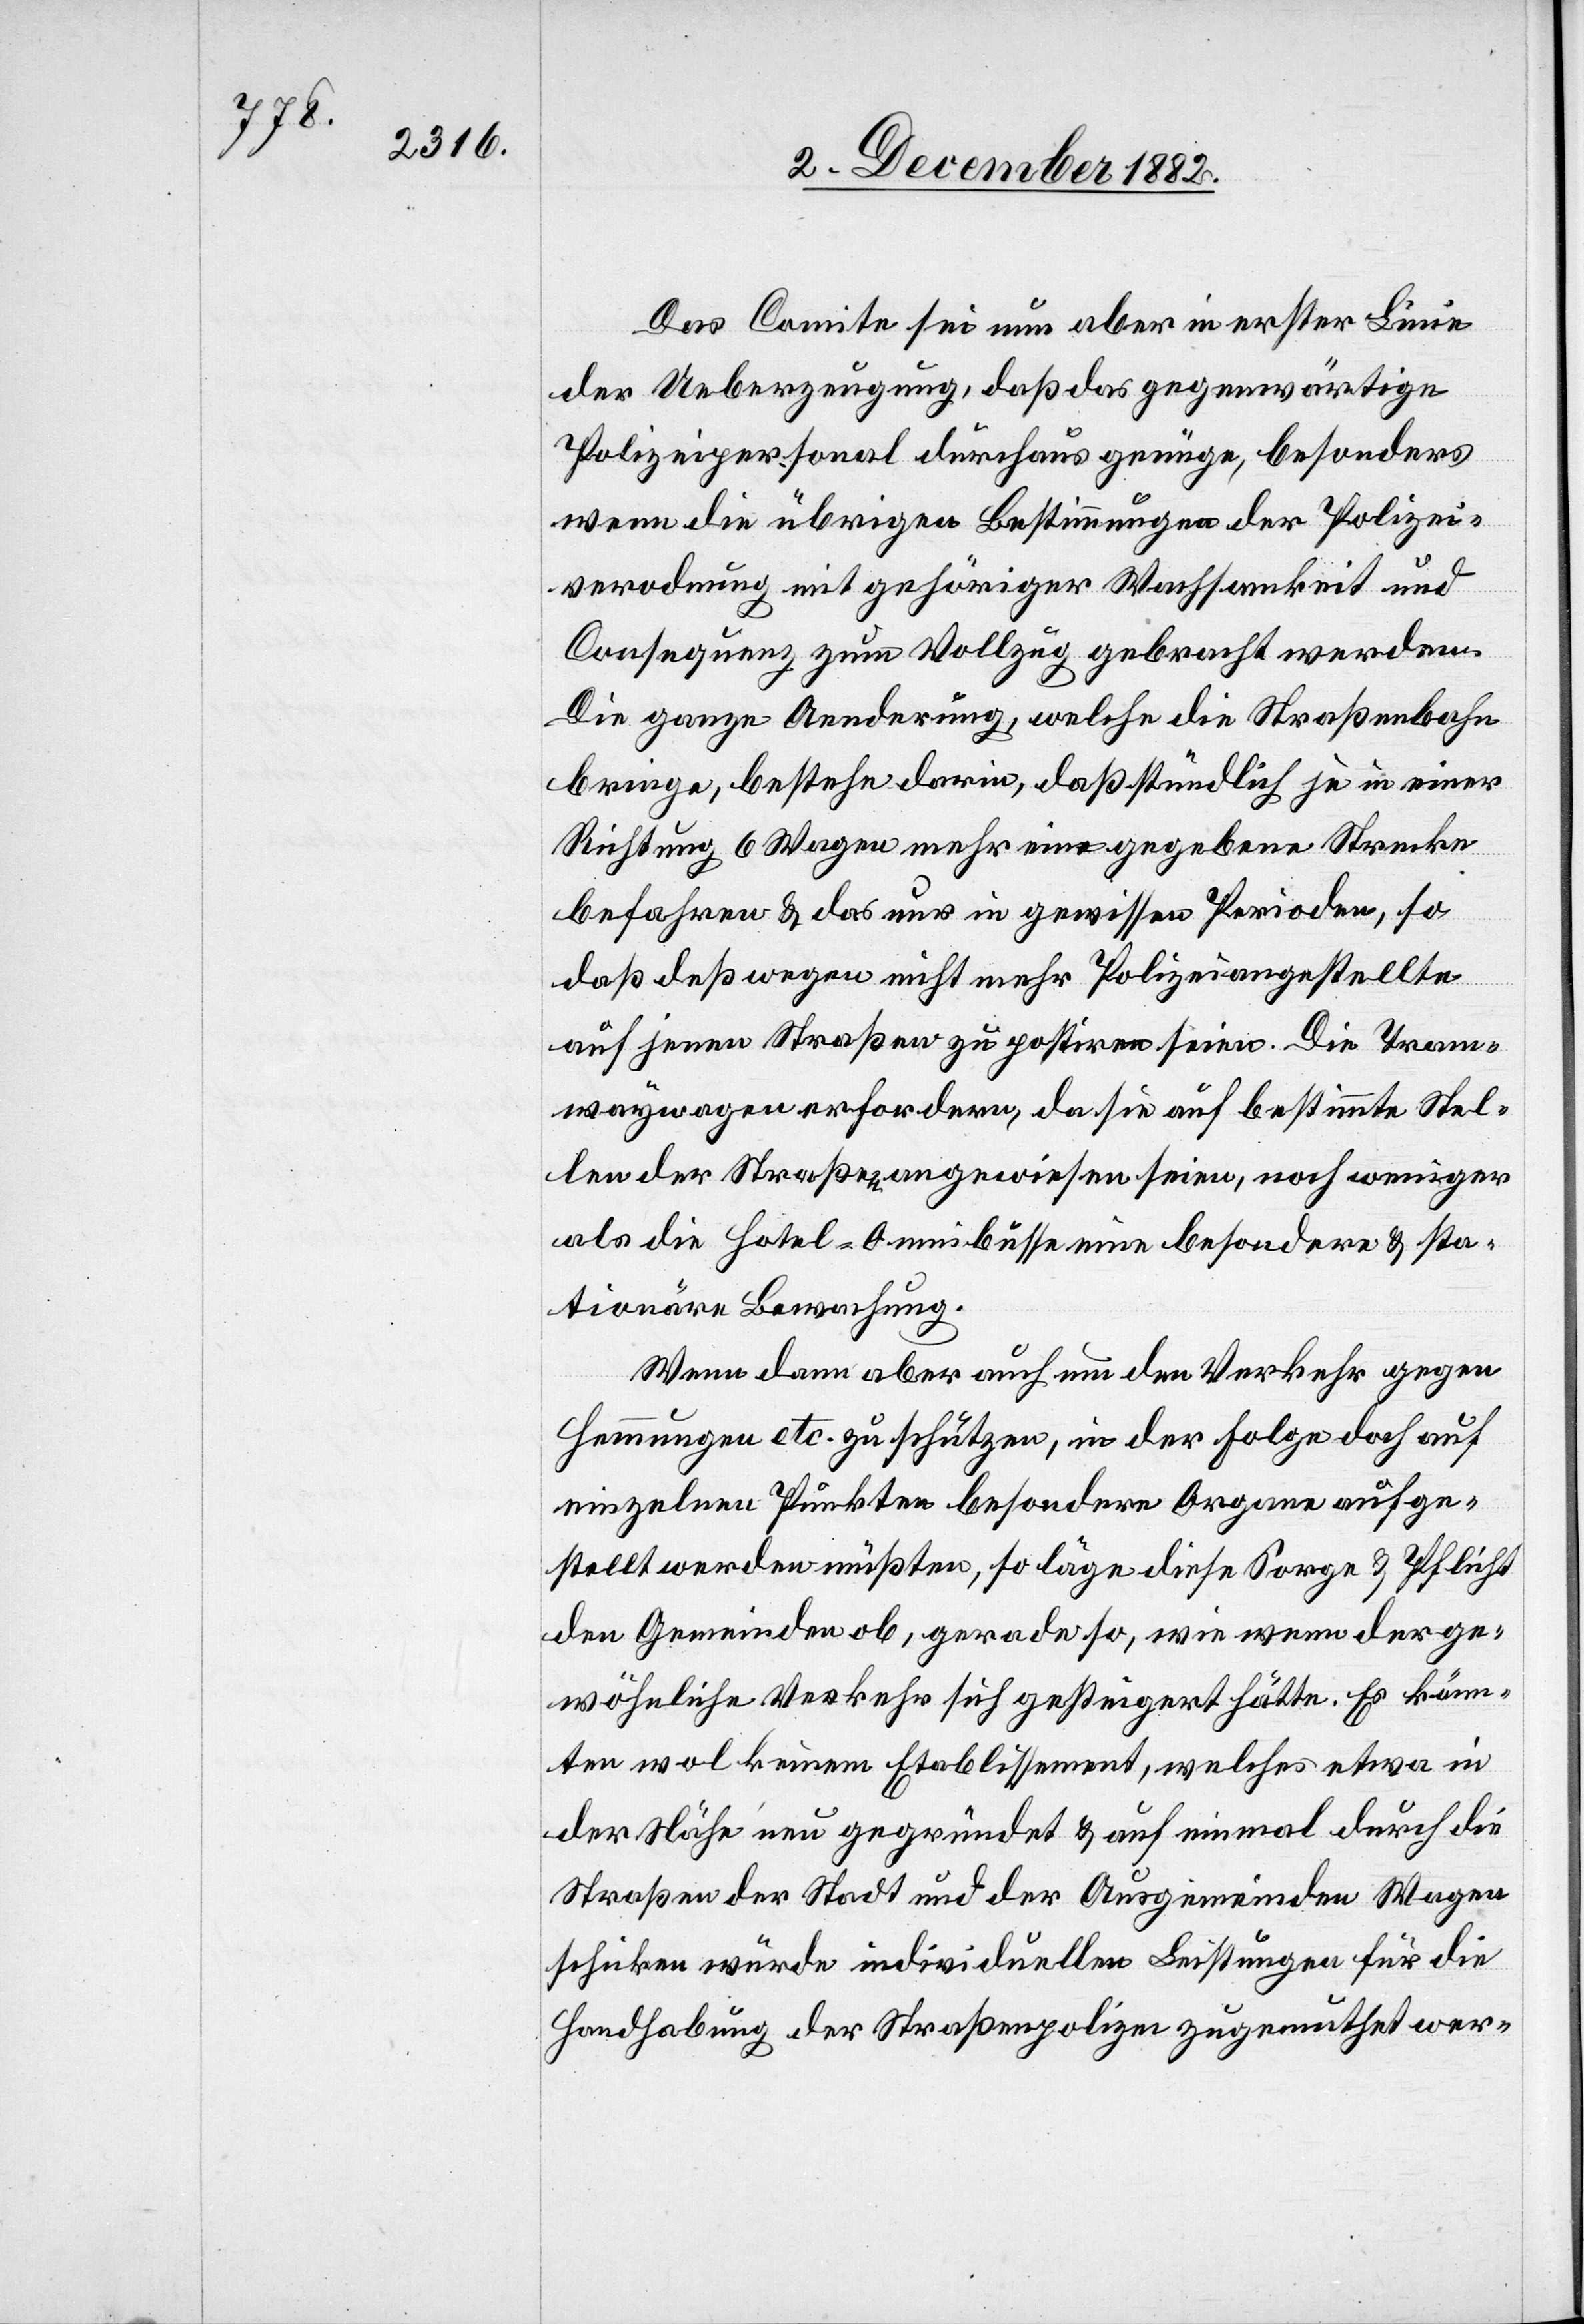
Das Comite sei nun aber in erster Linie
der Ueberzeugung, daß das gegenwärtige
Polizeipersonal durchaus genüge, besonders
wenn die übrigen Bestimmungen der Polizei¬
vero[r]dnung mit gehöriger Wachsamkeit und
Consequenz zum Vollzug gebracht werden.
Die ganze Aenderung, welche die Straßenbahn
bringe, bestehe darin, daß stündlich je in einer
Richtung 6 Wagen mehr eine gegebene Strecke
befahren & das nur in gewissen Perioden, so
daß deßwegen nicht mehr Polizeiangestellte
auf jenen Straßen zu postiren seien. Die Tram¬
waywagen erfordern, da sie auf bestimmte Stel¬
len der Straße angewiesen seien, noch weniger
als die Hotel-Omnibusse eine besondere & sta¬
tionäre Bewachung.
Wenn dann aber auch um den Verkehr gegen
Hemmungen etc. zu schützen, in der Folge doch auf
einzelnen Punkten besondere Organe aufge¬
stellt werden müßten, so läge diese Sorge & Pflicht
den Gemeinden ob, gerade so, wie wenn der ge¬
wöhnliche Verkehr sich gesteigert hätte. Es könn¬
ten wol keinem Etablissement, welches etwa in
der Nähe neu gegründet & auf einmal durch die
Straßen der Stadt und der Ausgemeinden Wagen
Handhabung der Straßenpolizei zugemuthet wer-